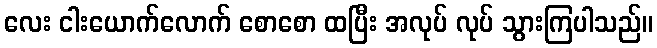
လေး ငါးယောက်လောက် စောစော ထပြီး အလုပ် လုပ် သွားကြပါသည်။